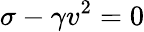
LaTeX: \sigma-\gamma v^{2}=0